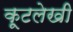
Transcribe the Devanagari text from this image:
कूटलेखी